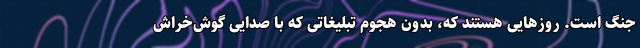
جنگ است. روزهایی هستند که، بدون هجوم تبلیغاتی که با صدایی گوش‌خراش